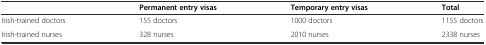
|  | Permanent entry visas | Temporary entry visas | Total |
 | --- | --- | --- | --- |
 | Irish-trained doctors | 155 doctors | 1000 doctors | 1155 doctors |
 | Irish-trained nurses | 328 nurses | 2010 nurses | 2338 nurses |